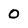
Character: 0